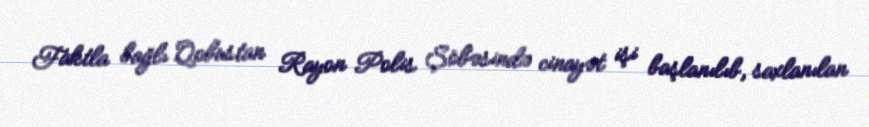
Faktla bağlı Qobustan Rayon Polis Şöbəsində cinayət işi başlanılıb, saxlanılan